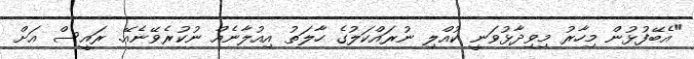
"އެބޭފުޅުން މިހާރު މިވިދާޅުވަނީ ކުއްލި ނުރައްކަލުގެ ހާލަތު އިއުލާނެއް ނުކުރެވޭނެއޭ. ރައީސް އަށް